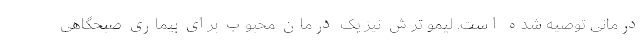
درمانی توصیه شده است. لیمو ترش نیز یک درمان محبوب برای بیماری صبحگاهی